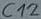
Text: C12